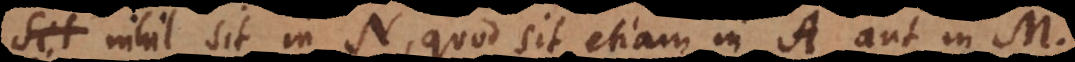
sit nihil sit in N, quod sit etiam in A aut in M.